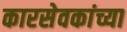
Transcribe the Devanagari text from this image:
कारसेवकांच्या